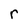
Character: r